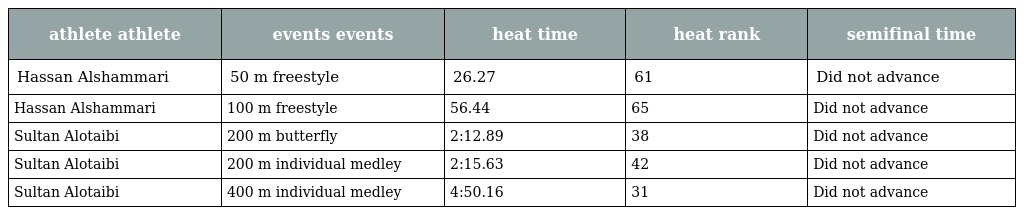
| athlete athlete | events events | heat time | heat rank | semifinal time |
 | --- | --- | --- | --- | --- |
 | Hassan Alshammari | 50 m freestyle | 26.27 | 61 | Did not advance |
 | Hassan Alshammari | 100 m freestyle | 56.44 | 65 | Did not advance |
 | Sultan Alotaibi | 200 m butterfly | 2:12.89 | 38 | Did not advance |
 | Sultan Alotaibi | 200 m individual medley | 2:15.63 | 42 | Did not advance |
 | Sultan Alotaibi | 400 m individual medley | 4:50.16 | 31 | Did not advance |